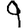
Digit: 9